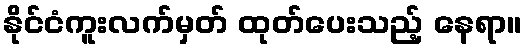
နိုင်ငံကူးလက်မှတ် ထုတ်ပေးသည့် နေရာ။